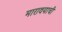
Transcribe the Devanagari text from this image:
मारावयाची